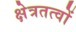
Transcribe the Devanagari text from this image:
क्षेत्रतत्वों